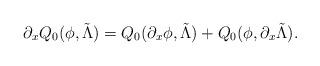
LaTeX: \begin{align*}\partial_xQ_0(\phi,\tilde{\Lambda})=Q_0(\partial_x \phi,\tilde{\Lambda})+Q_0(\phi,\partial_x \tilde{\Lambda}).\end{align*}